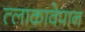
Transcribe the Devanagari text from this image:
त्लाकावेपान